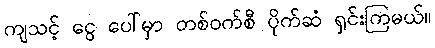
ကျသင့် ငွေ ပေါ်မှာ တစ်ဝက်စီ ပိုက်ဆံ ရှင်းကြမယ်။